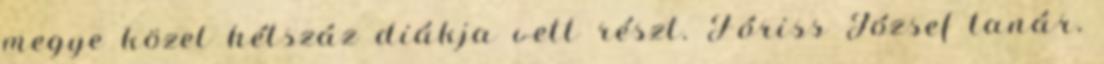
megye közel hétszáz diákja vett részt. Fóriss József tanár,